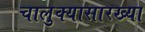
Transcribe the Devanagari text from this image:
चालुक्यासारख्या